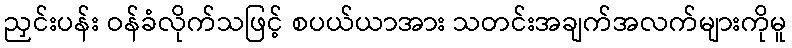
ညှင်းပန်း ဝန်ခံလိုက်သဖြင့် စပယ်ယာအား သတင်းအချက်အလက်များကိုမူ